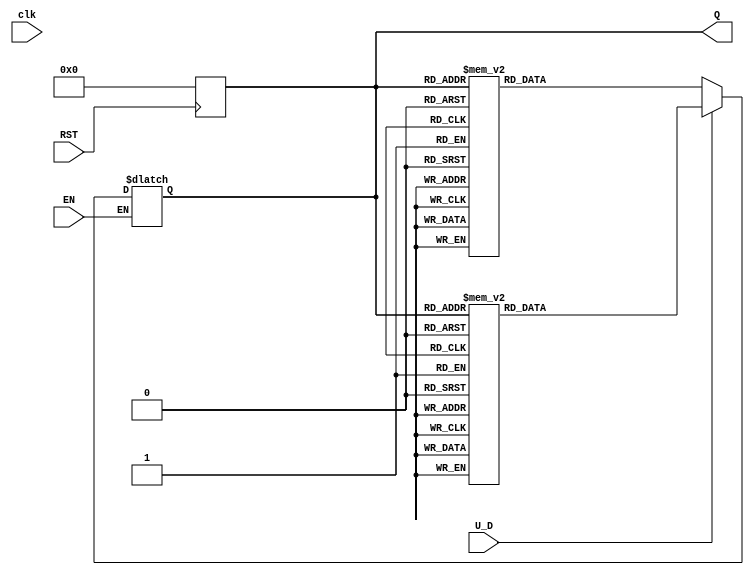
module UpDownCounter (
    input wire clk,       // Clock signal (not used in asynchronous design)
    input wire RST,       // Asynchronous reset signal
    input wire EN,        // Enable signal
    input wire U_D,       // Up/Down control signal
    output reg [3:0] Q    // 4-bit output count value
);

    // Asynchronous reset
    always @ (posedge RST) begin
        Q <= 4'b0000; // Reset counter to 0
    end

    // Counting logic
    always @* begin
        if (EN) begin
            if (U_D) begin
                // Count up
                case (Q)
                    4'b0000: Q <= 4'b0001;
                    4'b0001: Q <= 4'b0010;
                    4'b0010: Q <= 4'b0011;
                    4'b0011: Q <= 4'b0100;
                    4'b0100: Q <= 4'b0101;
                    4'b0101: Q <= 4'b0110;
                    4'b0110: Q <= 4'b0111;
                    4'b0111: Q <= 4'b1000;
                    4'b1000: Q <= 4'b1001;
                    4'b1001: Q <= 4'b1010;
                    4'b1010: Q <= 4'b1011;
                    4'b1011: Q <= 4'b1100;
                    4'b1100: Q <= 4'b1101;
                    4'b1101: Q <= 4'b1110;
                    4'b1110: Q <= 4'b1111;
                    4'b1111: Q <= 4'b0000; // Overflow back to 0
                    default: Q <= 4'b0000;
                endcase
            end else begin
                // Count down
                case (Q)
                    4'b0000: Q <= 4'b1111; // Underflow back to max
                    4'b0001: Q <= 4'b0000;
                    4'b0010: Q <= 4'b0001;
                    4'b0011: Q <= 4'b0010;
                    4'b0100: Q <= 4'b0011;
                    4'b0101: Q <= 4'b0100;
                    4'b0110: Q <= 4'b0101;
                    4'b0111: Q <= 4'b0110;
                    4'b1000: Q <= 4'b0111;
                    4'b1001: Q <= 4'b1000;
                    4'b1010: Q <= 4'b1001;
                    4'b1011: Q <= 4'b1010;
                    4'b1100: Q <= 4'b1011;
                    4'b1101: Q <= 4'b1100;
                    4'b1110: Q <= 4'b1101;
                    4'b1111: Q <= 4'b1110;
                    default: Q <= 4'b0000;
                endcase
            end
        end
    end

endmodule